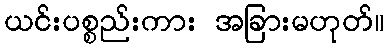
ယင်းပစ္စည်းကား အခြားမဟုတ်။